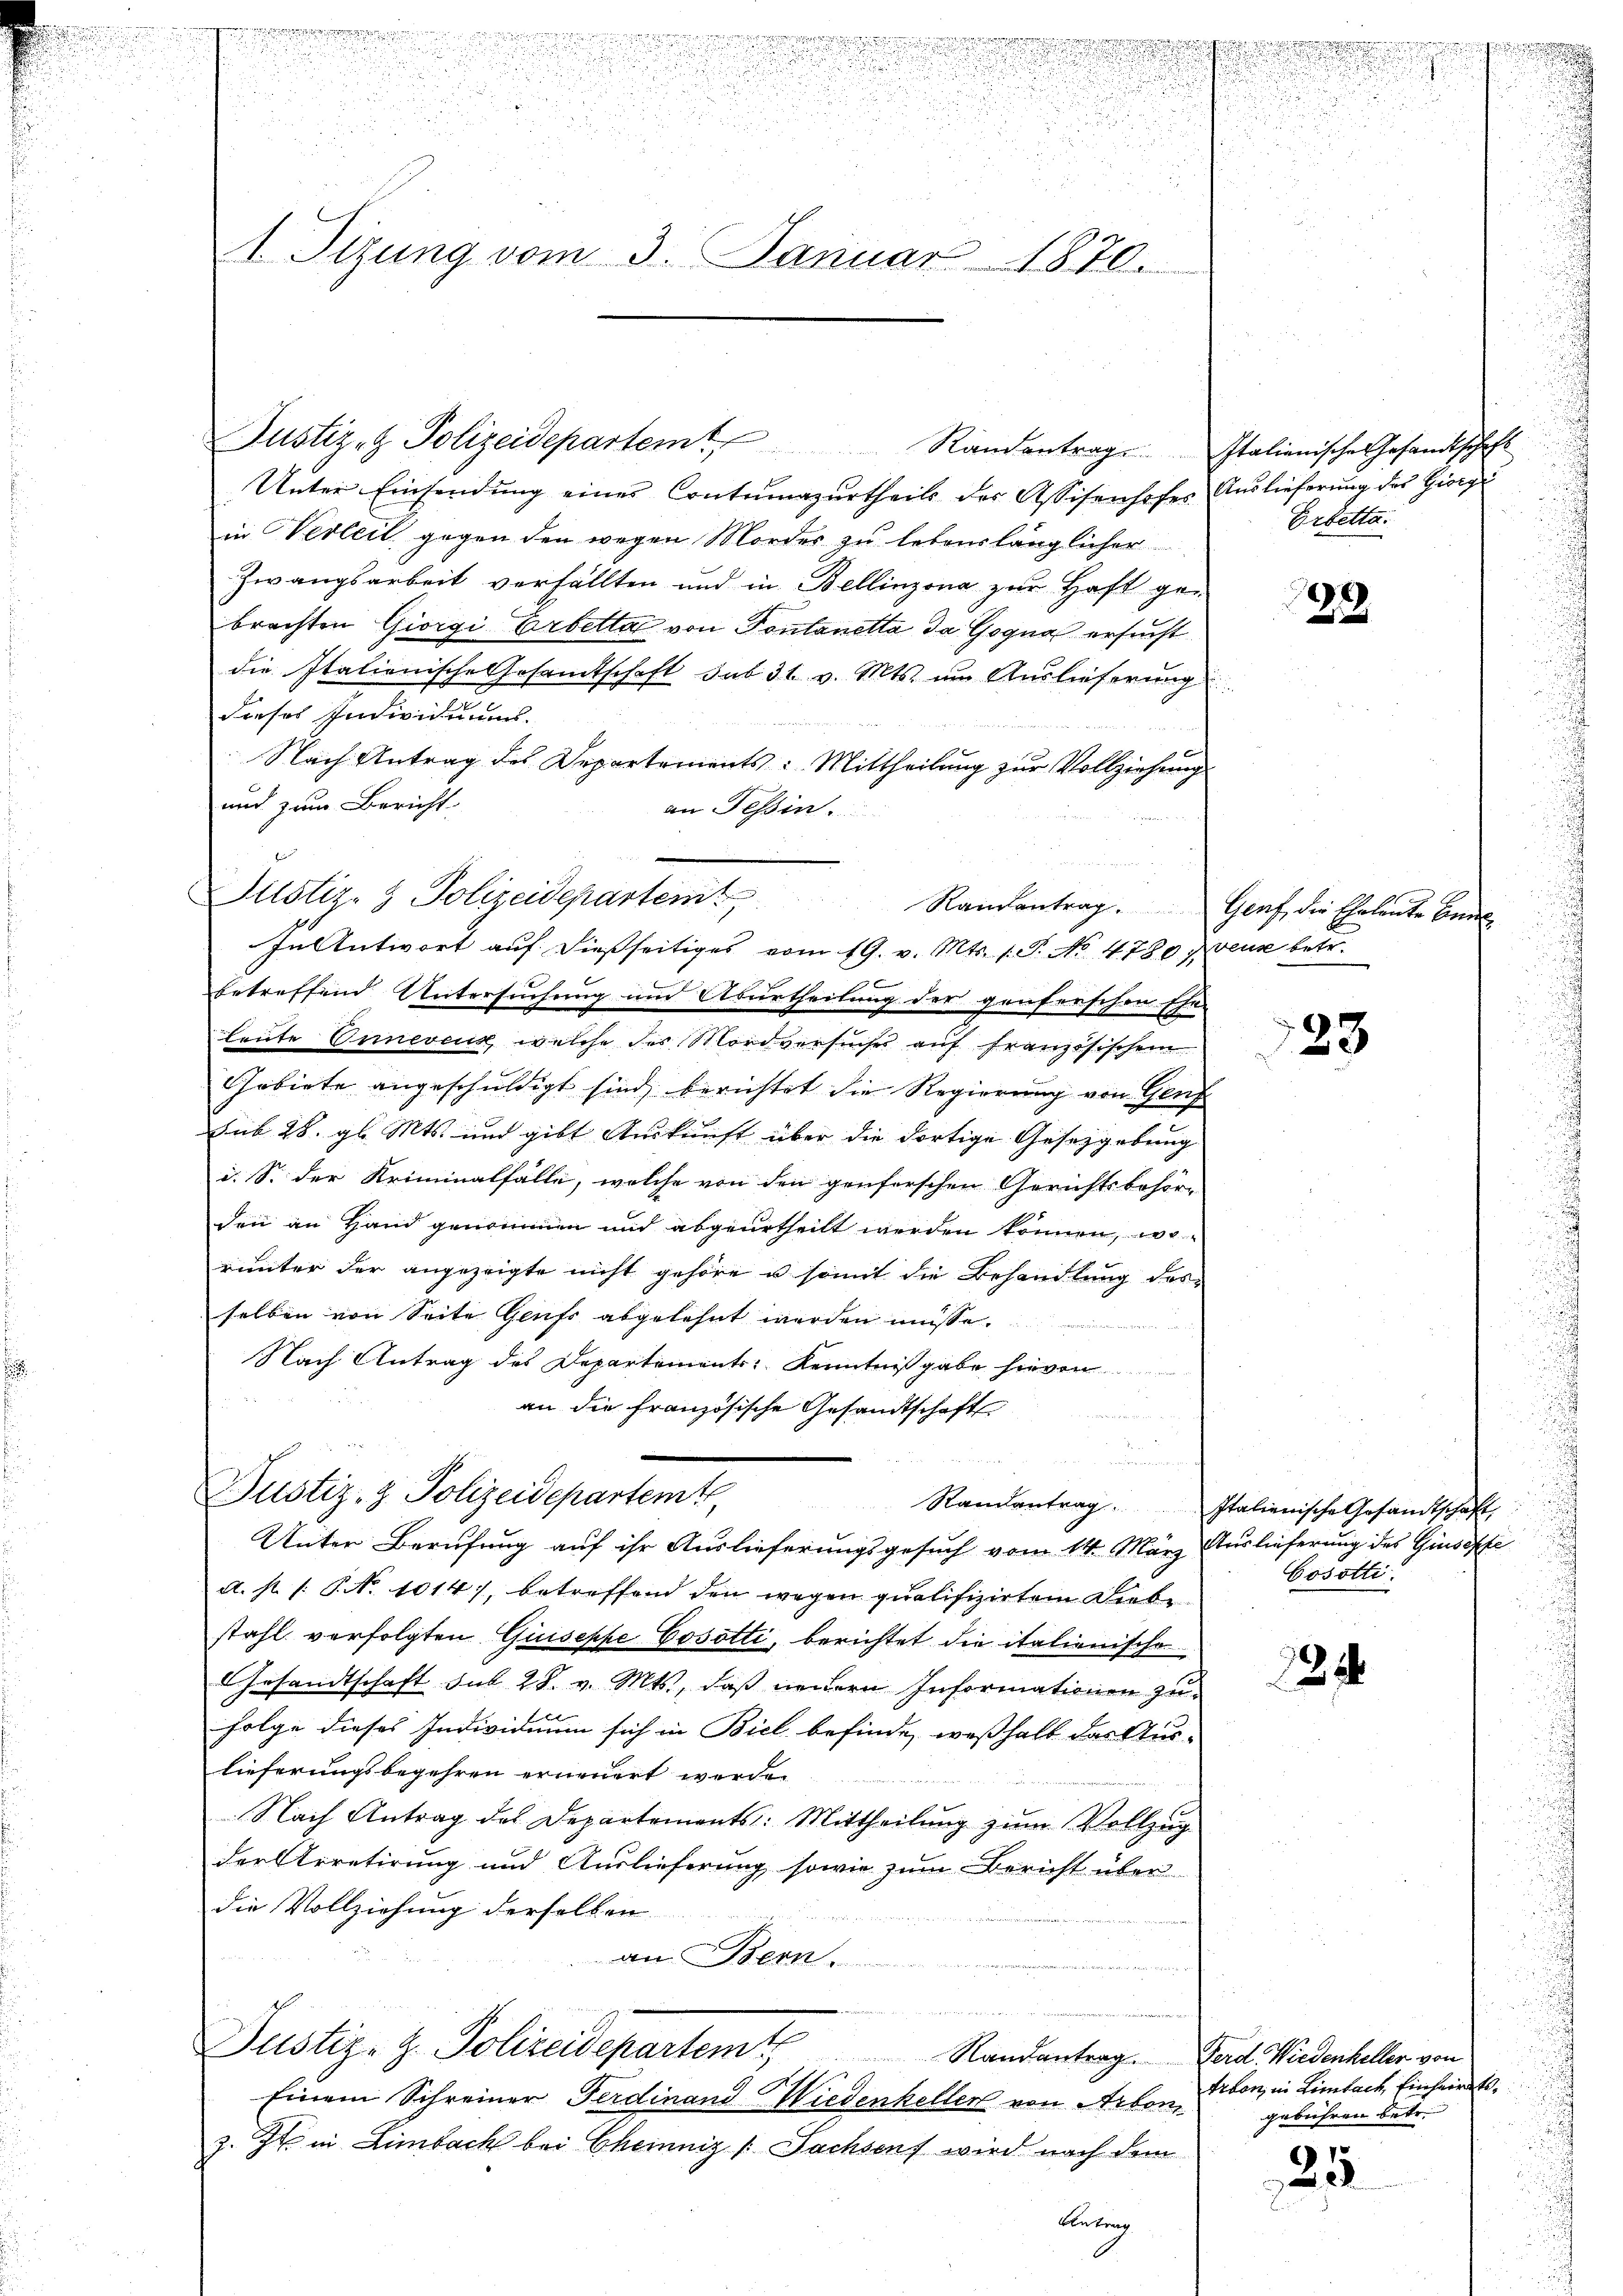
u

¬
9
.

d

n

1. Sizung vom 3. Januar 1870.

Justiz- & Polizeidepartem Randantrage

Unter Einsendung eines Contumazurtheils der Assisenhofe
in Verleit gegen den wegen Mordes zu lebenslänglicher
Zwangsarbeit verfällten und in Bellinzona zur Haft ge
brachten Giorgi Erbetta von Pontanetta da Gogna ersucht
die Italienische Gesamtschaft sub 31. v. Mts. um Auslieferung
dieses Individuums.
Nach Antrag des Departements: Mittheilung zur Vollziehen
und zum Bericht
an Tessin.
i
betreffend Untersuchung und Aburtheilung der genferschen Eh
Leute Eineveux, welche des Mordversuches auf französischen
Gebiete angeschuldigt sind, berichtet die Regierung von Gersub 28. gl. Mts. und gibt Auskunft über die dortige Gesetzgebung
i. S. der Kriminalfalle, welche von den genferschen Gerichtsbehör
den an Hand genommen und abgeurtheilt werden können, wo
runter der angezeigte nicht gehöre u somit die Behandlung des
selben von Seite Genf abgelehnt werden müsse.
Nach Antrag des Departements, Kenntnißgabe hievon
an die französische Gesandtschaft

Justiz- & Polizeidepartemt,
Randantrag
Unter Berufung auf ihr Auslieferungsgesuch vom 14. März
A. R. P. P. Nr. 1014), betreffend den wegen qualifiziertem Diebe
stahl verfolgten Giuseppe Cosotti, berichtet die italienische
Gesandtschaft sub 28. v. Mts., daß neuern Informationen zu
Folge dieses Individuum sich in Biel befinde, weßhalb das Aus-
lieferungsbegehren erneuert werde.
Nach Antrag des Departements: Mittheilŭng zŭm Vollzug
der Arretirung und Auslieferung sowie zum Bericht über
die Vollziehung derselben
an Bern.
n
Justiz- & Polizeidepartemte
Randantrag
Einem Schreiner Ferdinand Wiedenhellen von Arbon
z. In in Limbach bei Chemniz [Fachsens wird nach dem
Antrag

Justiz- & Polizeidepartem Randantrag. Graf die Eheleute ben
In Antwort auf dießseitiges vom 19. v. Mts. 1. P. No 4780.

eigen in ich
u
e
i

Italianische Gesandtschaft
Auslieferung des Giorgi
Erbetta.

29

Weise betr.

28

Italienische Gesandtschaft
Auslieferung des Ginsoffe
Cosotti.

224

Ferd. Wiedenheller von
tikon, in Limbach Einheirat.
gebühren betr.

25